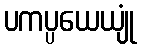
ပကပ္ပယေယျုံ